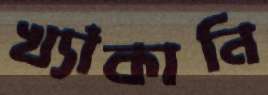
খ্যাঁকানি